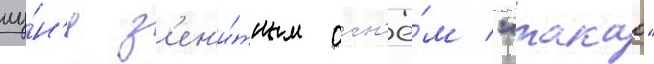
иу́н'я з'ен'и́тным огн'ё́м "такао"